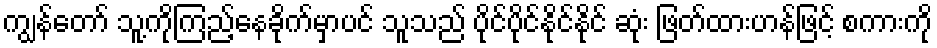
ကျွန်တော် သူ့ကိုကြည့်နေခိုက်မှာပင် သူသည် ပိုင်ပိုင်နိုင်နိုင် ဆုံး ဖြတ်ထားဟန်ဖြင့် စကားကို